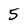
Character: 5